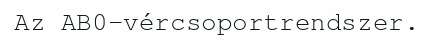
Az AB0-vércsoportrendszer.